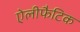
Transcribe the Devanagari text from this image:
ऐलीफैटिक